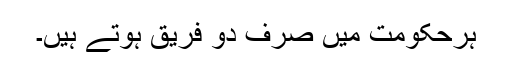
ہرحکومت میں صرف دو فریق ہوتے ہیں۔